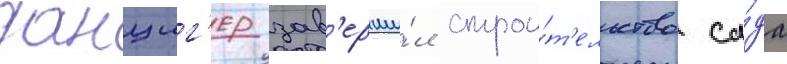
данциг'ер зав'ерши́л строи́т'ельство са́да